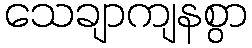
သေချာကျနစွာ